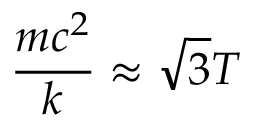
\frac { m c ^ { 2 } } { k } \approx \sqrt { 3 } T